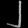
Digit: ၂